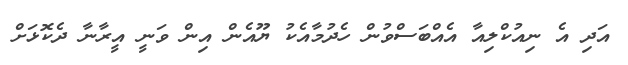
އަދި އެ ނިއުކްލިއާ އެއްބަސްވުން ހެދުމާއެކު ޔޫއެން އިން ވަނީ އީރާނާ ދެކޮޅަށް